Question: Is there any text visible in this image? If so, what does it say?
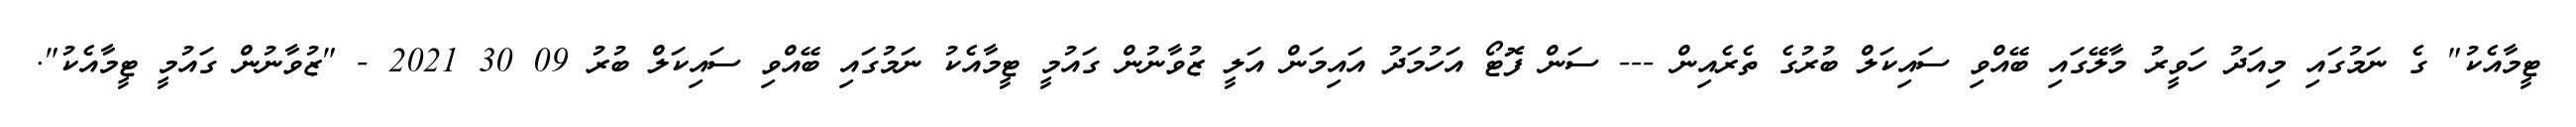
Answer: ޓީމާއެކު" ގެ ނަމުގައި މިއަދު ހަވީރު މާލޭގައި ބޭއްވި ސައިކަލް ބުރުގެ ތެރެއިން --- ސަން ފޮޓޯ އަހުމަދު އައިމަން އަލީ ޒުވާނުން ގައުމީ ޓީމާއެކު ނަމުގައި ބޭއްވި ސައިކަލް ބުރު 09 30 2021 - "ޒުވާނުން ގައުމީ ޓީމާއެކު".